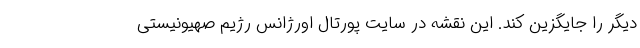
دیگر را جایگزین کند. این نقشه در سایت پورتال اورژانس رژیم صهیونیستی